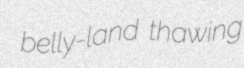
belly-land thawing